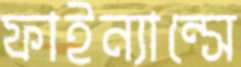
ফাইন্যান্সে